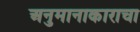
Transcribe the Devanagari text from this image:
अनुमानाकाराचा